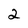
Character: 2